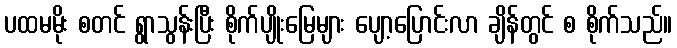
ပထမမိုး စတင် ရွာသွန်းပြီး စိုက်ပျိုးမြေများ ပျော့ပြောင်းလာ ချိန်တွင် စ စိုက်သည်။